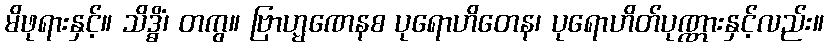
မိဖုရားနှင့်။ သိဒ္ဓိံ၊ တကွ။ ဗြာဟ္မဏေနစ ပုရောဟိတေန၊ ပုရောဟိတ်ပုဏ္ဏားနှင့်လည်း။